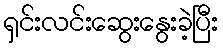
ရှင်းလင်းဆွေးနွေးခဲ့ပြီး